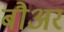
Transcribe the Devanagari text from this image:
बौअर